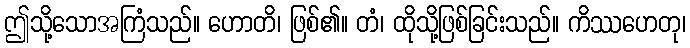
ဤသို့သောအကြံသည်။ ဟောတိ၊ ဖြစ်၏။ တံ၊ ထိုသို့ဖြစ်ခြင်းသည်။ ကိဿဟေတု၊